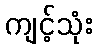
ကျင့်သုံး